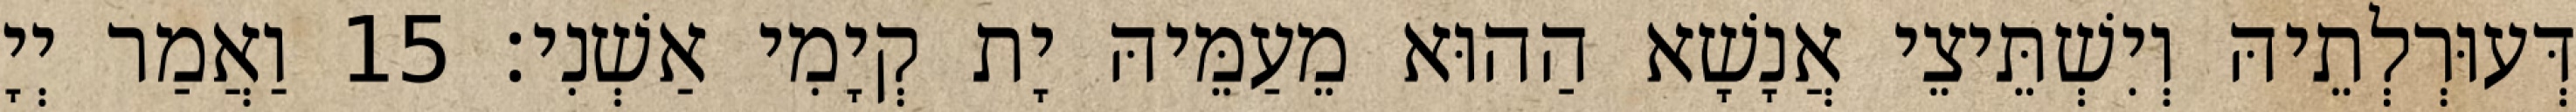
דְּעוּרְלְתֵיהּ וְיִשְׁתֵּיצֵי אֲנָשָׁא הַהוּא מֵעַמֵּיהּ יָת קְיָמִי אַשְׁנִי׃ 15 וַאֲמַר יְיָ